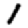
Digit: 1